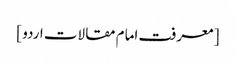
[ معرفت امام مقالات اردو ]